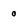
Character: 0